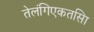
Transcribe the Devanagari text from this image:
तेलंगिएकतसिा